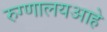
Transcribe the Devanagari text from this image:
रुग्णालयआहे